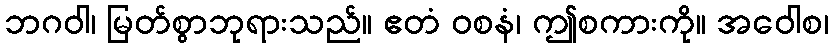
ဘဂဝါ၊ မြတ်စွာဘုရားသည်။ ဧတံ ဝစနံ၊ ဤစကားကို။ အဝေါစ၊